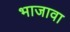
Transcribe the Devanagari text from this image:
भाजावा